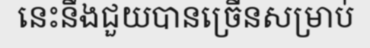
នេះនឹងជួយបានច្រើនសម្រាប់